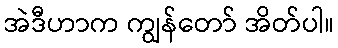
အဲဒီဟာက ကျွန်တော် အိတ်ပါ။